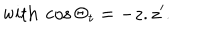
\mathrm { w i t h } \ \cos \Theta _ { t } = - z . z ^ { \prime } .